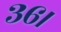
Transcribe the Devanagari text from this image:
३६।